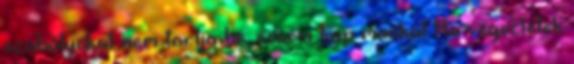
szabályokat nem tartja be, sosem kap munkát Ha végeztetek